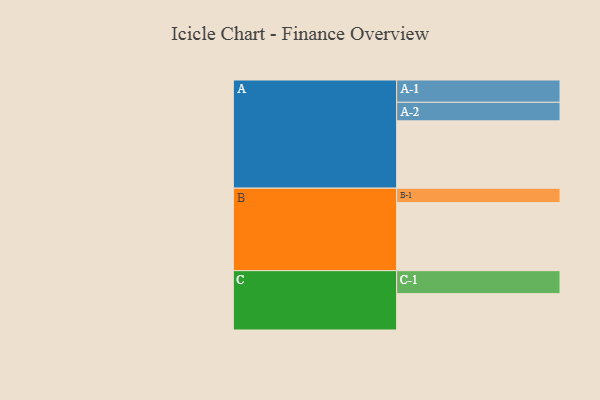
{"axis": {"x": "Segment", "y": "Value"}, "legend": ["", "A", "B", "C"], "data": [{"x": "A", "y": 565, "type": ""}, {"x": "B", "y": 571, "type": ""}, {"x": "C", "y": 305, "type": ""}, {"x": "A-1", "y": 187, "type": "A"}, {"x": "A-2", "y": 156, "type": "A"}, {"x": "B-1", "y": 121, "type": "B"}, {"x": "C-1", "y": 193, "type": "C"}]}